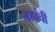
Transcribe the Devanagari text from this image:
नाघंची